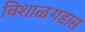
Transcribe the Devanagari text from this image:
विशाळगडास